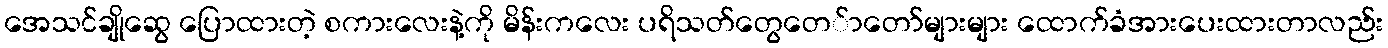
အေသင်ချိုဆွေ ပြောထားတဲ့ စကားလေးနဲ့ကို မိန်းကလေး ပရိသတ်တွေတေ်ာတော်များများ ထောက်ခံအားပေးထားတာလည်း